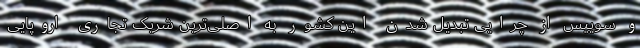
و سوییس از چرایی تبدیل شدن این کشور به اصلی‌ترین شریک تجاری اروپایی